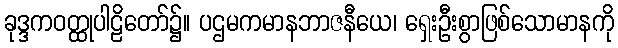
ခုဒ္ဒကဝတ္ထုပါဠိတော်၌။ ပဌမကမာနဘာဇနီယေ၊ ရှေးဦးစွာဖြစ်သောမာနကို